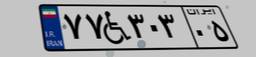
۱۵W۰۱۹۳۹